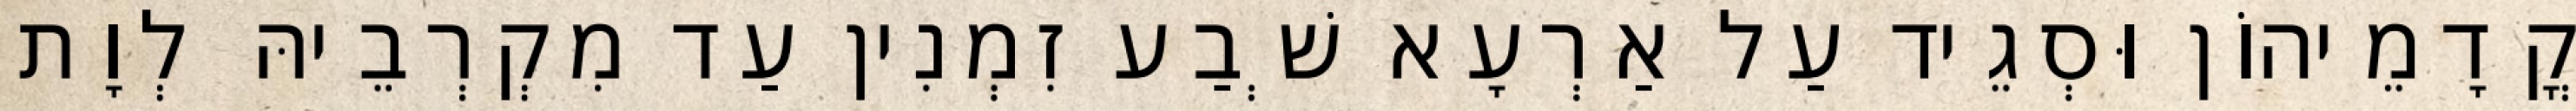
קֳדָמֵיהוֹן וּסְגֵיד עַל אַרְעָא שְׁבַע זִמְנִין עַד מִקְרְבֵיהּ לְוָת